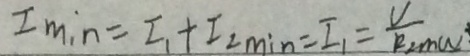
I _ { \min } = I _ { 1 } + I _ { 2 \min } = I _ { 1 } = \frac { U } { R _ { 2 \min } }